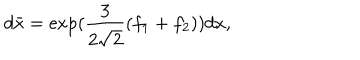
LaTeX: d \bar { x } = \exp ( \frac { 3 } { 2 \sqrt { 2 } } ( f _ { 1 } + f _ { 2 } ) ) d x ,